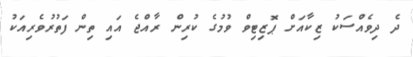
ދެ ދިވެއްސަކު ޒިކާއަށް ޕޮޒިޓިވް ވުމުގެ ކުރިން ރާއްޖެ އައި ތިން ފަތުރުވެރިއަކު